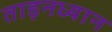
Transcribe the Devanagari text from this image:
ताड़नध्यान